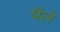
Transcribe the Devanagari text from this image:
पैले